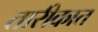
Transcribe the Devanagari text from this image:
तारीकात